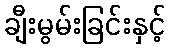
ချီးမွမ်းခြင်းနှင့်